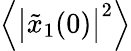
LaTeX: \Big\langle\big|\tilde{x}_{1}(0)\big|^{2}\Big\rangle